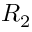
R _ { 2 }